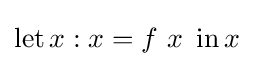
\operatorname {let} x:x=f\ x\ \operatorname {in} x